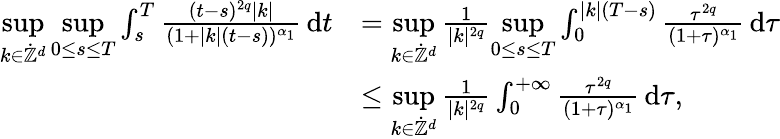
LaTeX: \begin{array}{rl}{\underset{k\in\dot{\mathbb Z}^{d}}{\operatorname*{sup}}\underset{0\leq s\leq T}{\operatorname*{sup}}\int_{s}^{T}\frac{(t-s)^{2q}\vert k\vert}{(1+\vert k\vert(t-s))^{\alpha_{1}}}\, \mathrm{d}t}&{=\underset{k\in\dot{\mathbb Z}^{d}}{\operatorname*{sup}}\frac{1}{\vert k\vert^{2q}}\underset{0\leq s\leq T}{\operatorname*{sup}}\int_{0}^{\vert k\vert(T-s)}\frac{\tau^{2q}}{(1+\tau)^{\alpha_{1}}}\, \mathrm{d}\tau}\\ &{\leq\underset{k\in\dot{\mathbb Z}^{d}}{\operatorname*{sup}}\frac{1}{\vert k\vert^{2q}}\int_{0}^{+\infty}\frac{\tau^{2q}}{(1+\tau)^{\alpha_{1}}}\, \mathrm{d}\tau,}\end{array}